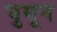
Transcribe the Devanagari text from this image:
घुमून